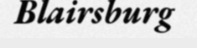
Blairsburg